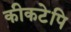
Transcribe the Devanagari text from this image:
कीकटेपि